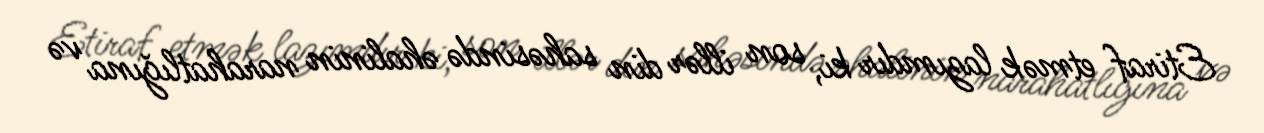
Etiraf etmək lazımdır ki, son illər din sahəsində əhalinin narahatlığına və